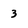
Character: 3